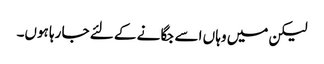
لیکن میں وہا ں اسے جگا نے کے لئے جا رہا ہوں۔